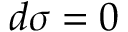
d { \boldsymbol { \sigma } } = 0